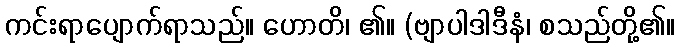
ကင်းရာပျောက်ရာသည်။ ဟောတိ၊ ၏။ (ဗျာပါဒါဒီနံ၊ စသည်တို့၏။